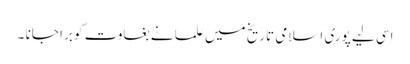
اسی لیے پوری اسلامی تاریخ میں علما نے بغاوت کو برا جانا ۔